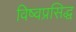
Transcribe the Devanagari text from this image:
विष्वप्रसिद्ध